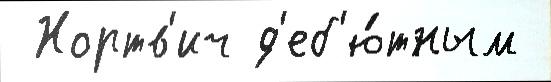
 Нортв'ич д'еб'ю́тным